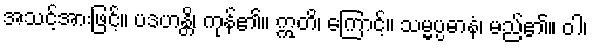
အသင့်အားဖြင့်။ ပဒဟန္တိ၊ ကုန်၏။ ဣတိ၊ ကြောင့်။ သမ္မပ္ပဓာနံ၊ မည်၏။ ဝါ၊